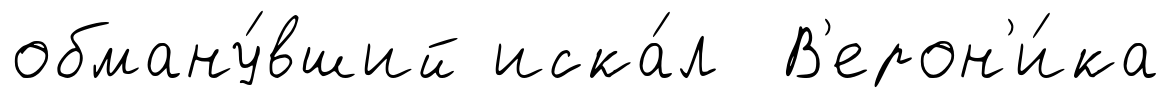
обману́вший иска́л В'ерон'и́ка